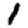
Digit: 1